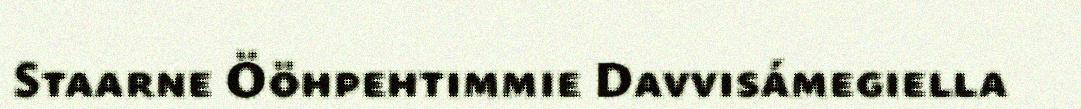
Staarne Ööhpehtimmie Davvisámegiella